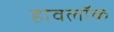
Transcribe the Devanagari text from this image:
हावलॉक